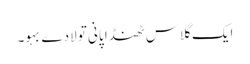
ایک گلاس ٹھنڈا پانی تو لادے بہو۔